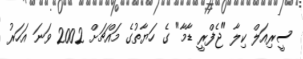
ސީރިއަލް ކިލާ "ޖެފްރީ ޑާމާ" ގެ ހަޔާތުގެ މައްޗަށް 2002 ވަނަ އަހަރު